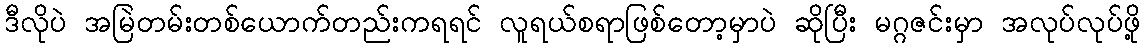
ဒီလိုပဲ အမြဲတမ်းတစ်ယောက်တည်းကရရင် လူရယ်စရာဖြစ်တော့မှာပဲ ဆိုပြီး မဂ္ဂဇင်းမှာ အလုပ်လုပ်ဖို့